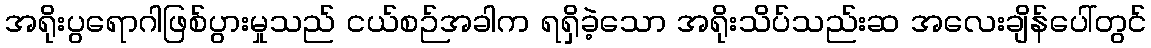
အရိုးပွရောဂါဖြစ်ပွားမှုသည် ငယ်စဉ်အခါက ရရှိခဲ့သော အရိုးသိပ်သည်းဆ အလေးချိန်ပေါ်တွင်